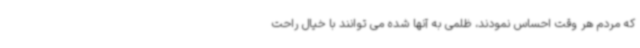
که مردم هر وقت احساس نمودند، ظلمی به آنها شده می توانند با خیال راحت